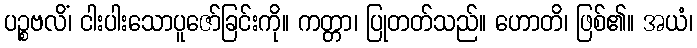
ပဉ္စဗလိံ၊ ငါးပါးသောပူဇော်ခြင်းကို။ ကတ္တာ၊ ပြုတတ်သည်။ ဟောတိ၊ ဖြစ်၏။ အယံ၊